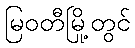
မြဝတီမြို့တွင်